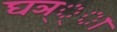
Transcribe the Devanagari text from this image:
घञ््‌ा